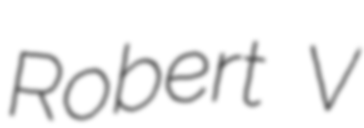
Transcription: Robert V